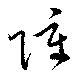
障